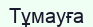
Тұмауға